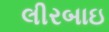
લીરબાઇ